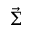
\vec { \Sigma }